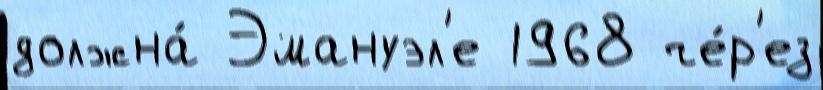
должна́ Эмануэл'е 1968 че́р'ез